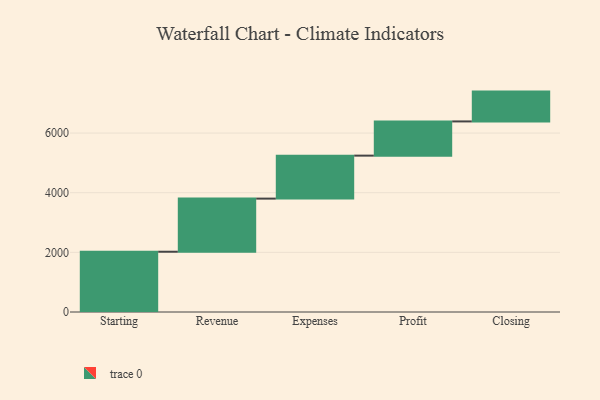
{"axis": {"x": "Step", "y": "Value"}, "legend": [""], "data": [{"x": "Starting", "y": 2021.0, "type": ""}, {"x": "Revenue", "y": 1781.0, "type": ""}, {"x": "Expenses", "y": 1441.0, "type": ""}, {"x": "Profit", "y": 1147.0, "type": ""}, {"x": "Closing", "y": 1000, "type": ""}]}